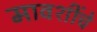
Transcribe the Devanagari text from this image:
मावशींचे